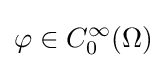
\varphi \in C_{0}^{\infty }(\Omega )